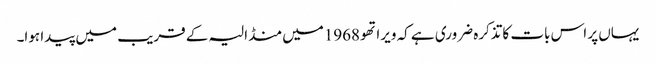
یہاں پر اس بات کاتذکرہ ضروری ہے کہ ویراتھو 1968میں منڈالیہ کے قریب میں پیدا ہوا۔